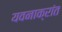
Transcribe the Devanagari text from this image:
यवनाक्रांत